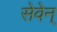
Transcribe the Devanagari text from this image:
सेवेन्